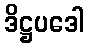
ဒိဋ္ဌပဒေါ